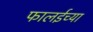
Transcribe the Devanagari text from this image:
फालईच्या